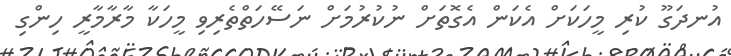
އުނދަގޫ ކުރި މީހަކަށް އެކަން އެގޮތަށް ނުކުރުމަށް ނަސޭހަތްތެރިވި މީހަކާ މާރާމާރީ ހިންގި